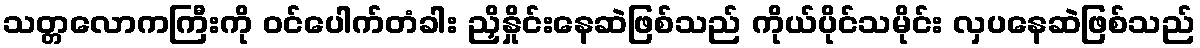
သတ္တလောကကြီးကို ဝင်ပေါက်တံခါး ညှိနှိုင်းနေဆဲဖြစ်သည် ကိုယ်ပိုင်သမိုင်း လှပနေဆဲဖြစ်သည်